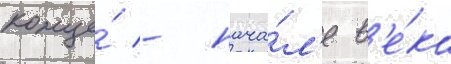
конце́ - нача́л'е в'е́ка